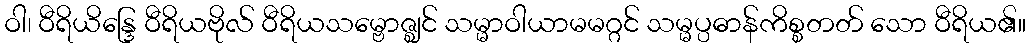
ဝါ၊ ဝီရိယိန္ဒြေ ဝီရိယဗိုလ် ဝီရိယသမ္ဗောဇ္ဈင် သမ္မာဝါယာမမဂ္ဂင် သမ္မပ္ပဓာန်ကိစ္စတတ် သော ဝီရိယ၏။